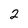
Character: 2